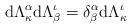
LaTeX: \begin{align*}\mathrm{d}\Lambda^\alpha_\kappa \mathrm{d}\Lambda^\iota_\beta=\delta^\alpha_\beta\mathrm{d}\Lambda^\iota_\kappa\end{align*}